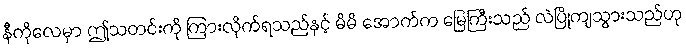
နီကိုလေမှာ ဤသတင်းကို ကြားလိုက်ရသည်နှင့် မိမိ အောက်က မြေကြီးသည် လဲပြိုကျသွားသည်ဟု